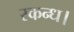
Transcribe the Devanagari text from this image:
स्कन्ध।